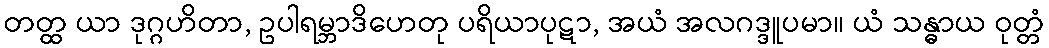
တတ္ထ ယာ ဒုဂ္ဂဟိတာ, ဥပါရမ္ဘာဒိဟေတု ပရိယာပုဋာ, အယံ အလဂဒ္ဒူပမာ။ ယံ သန္ဓာယ ဝုတ္တံ